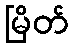
မြိတ်